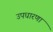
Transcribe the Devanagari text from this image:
उपधारणा